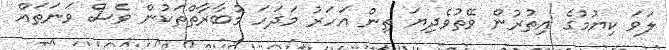
ލަވަ ކިޔުމުގެ އިތުރުން ވޭތުވެދިޔަ ތިން އަހަރު މަދަހަ މުބާރާތްތަކުން ވެސް ވަނަތައް